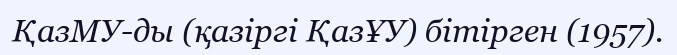
ҚазМУ-ды (қазіргі ҚазҰУ) бітірген (1957).